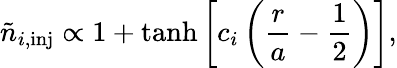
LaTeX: \tilde{n}_{i,\mathrm{inj}}\propto 1+\operatorname{tanh}\left[c_{i}\left(\frac{r}{a}-\frac{1}{2}\right)\right],